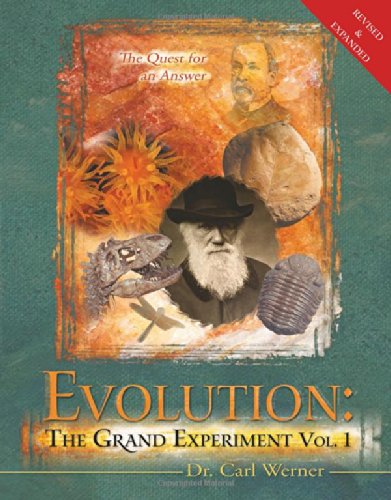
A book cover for Evolution: The Grand Experiment; Carl Werner; Science & Math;